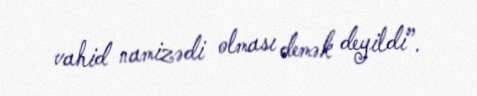
vahid namizədi olması demək deyildi”.